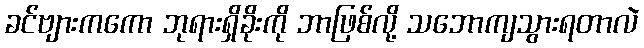
ခင်ဗျားကကော ဘုရားရှိခိုးကို ဘာဖြစ်လို့ သဘောကျသွားရတာလဲ